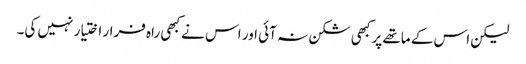
لیکن اس کے ماتھے پر کبھی شکن نہ آئی اور اس نے کبھی راہ فرار اختیار نہیں کی۔